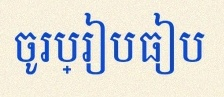
ចូរប្រៀបធៀប